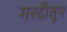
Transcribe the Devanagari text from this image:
गरदीतून